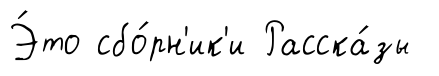
Э́то сбо́рн'ик'и Расска́зы